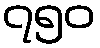
၇၅၀